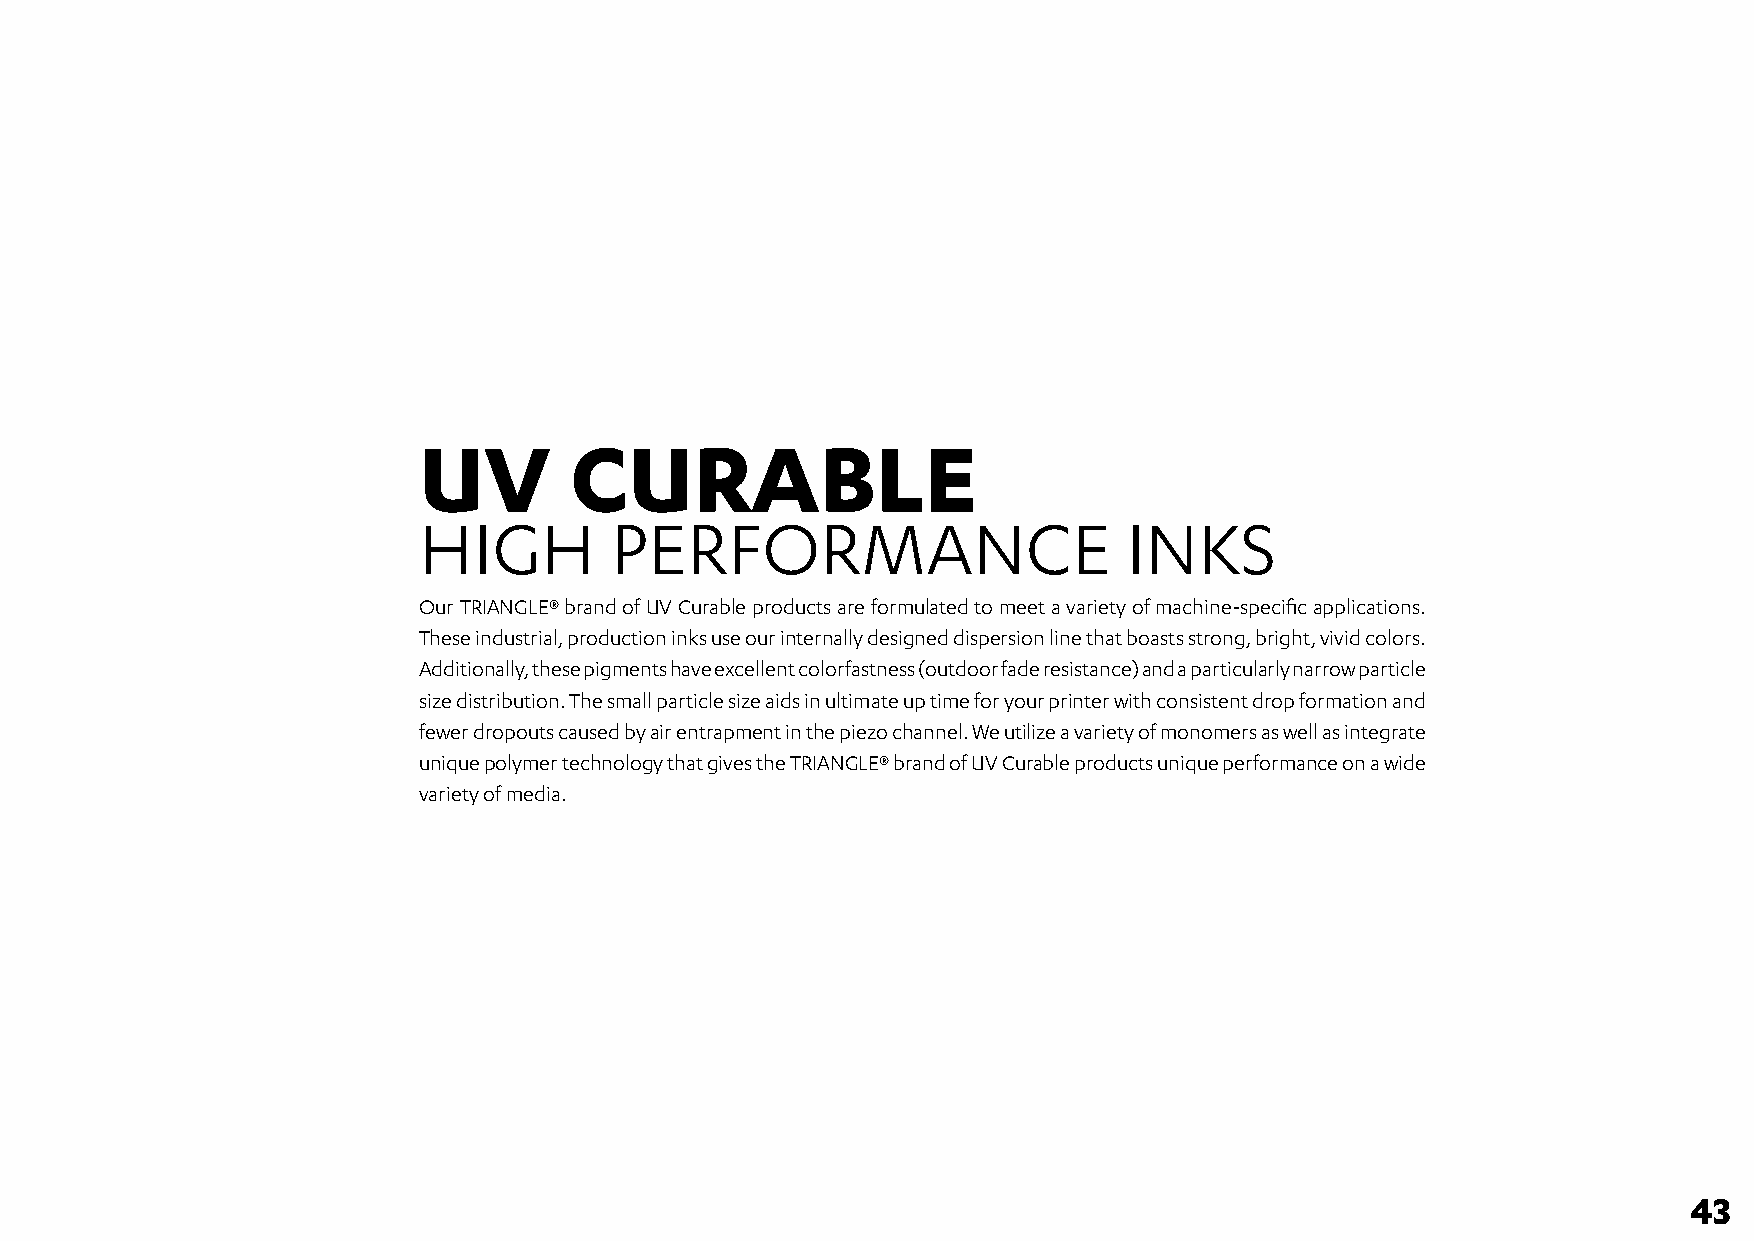
UV        CURABLE
 HIGH        PERFORMANCE                        INKS
 Our TRIANGLE® brand of UV Curable products are formulated to meet a variety of machine-specific applications.
 These industrial, production inks use our internally designed dispersion line that boasts strong, bright, vivid colors.
 Additionally, these pigments have excellent colorfastness (outdoor fade resistance) and a particularly narrow particle
 size distribution. The small particle size aids in ultimate up time for your printer with consistent drop formation and
 fewer dropouts caused by air entrapment in the piezo channel. We utilize a variety of monomers as well as integrate
 unique polymer technology that gives the TRIANGLE® brand of UV Curable products unique performance on a wide
 variety of media.
 43